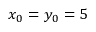
x _ { 0 } = y _ { 0 } = 5